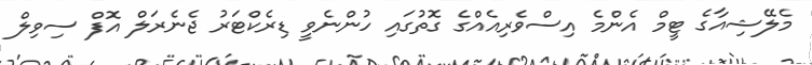
މެލޭޝިއާގެ ޓީމް އެންމެ އިސްވެރިއެއްގެ ގޮތުގައި ހުންނެވީ ޑިރެކްޓަރު ޖެނެރަލް އޮފް ސިވިލް